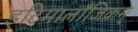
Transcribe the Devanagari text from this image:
इटिमालाँजिकम्